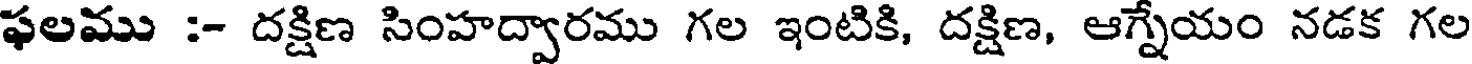
ఫలము :- దక్షిణ సింహద్వారము గల ఇంటికి, దక్షిణ, ఆగ్నేయం నడక గల